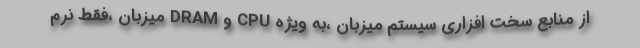
از منابع سخت افزاری سیستم میزبان ،به ویژه CPU و DRAM میزبان ،فقط نرم